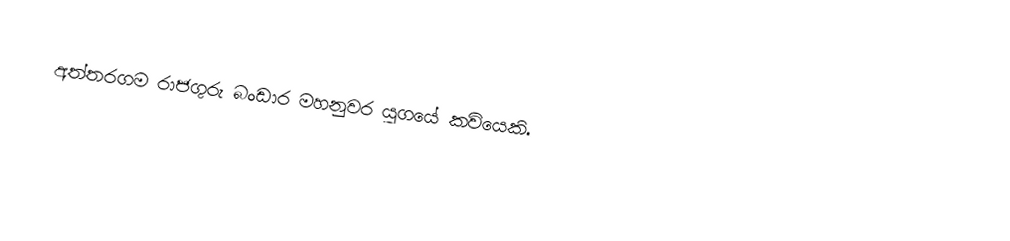
අත්තරගම රාජගුරු බංඩාර මහනුවර යුගයේ කවියෙකි.